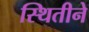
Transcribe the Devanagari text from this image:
स्थितीने